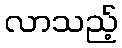
လာသည့်